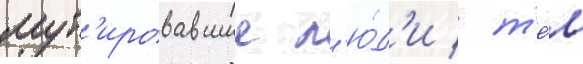
мут'ировавшие л'ю́д'и / т'е́м